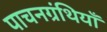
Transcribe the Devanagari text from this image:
पाचनग्रंथियाँ